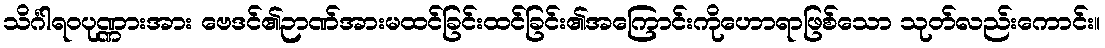
သိင်္ဂါရဝပုဏ္ဏားအား ဗေဒင်၏ဉာဏ်အားမထင်ခြင်းထင်ခြင်း၏အကြောင်းကိုဟောရာဖြစ်သော သုတ်လည်းကောင်း။